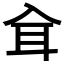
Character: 𦔵